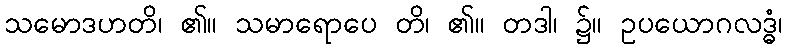
သမောဒဟတိ၊ ၏။ သမာရောပေ တိ၊ ၏။ တဒါ၊ ၌။ ဥပယောဂလဒ္ဓံ၊